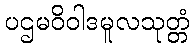
ပဌမဝိဝါဒမူလသုတ္တံ